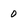
Character: 0